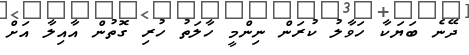
ދޭނެ ބަޔަކާ ހަވާލު ކުރަން ނިންމީ ހާލަތު ހުރި ގޮތުން އާއިލާ އަށް